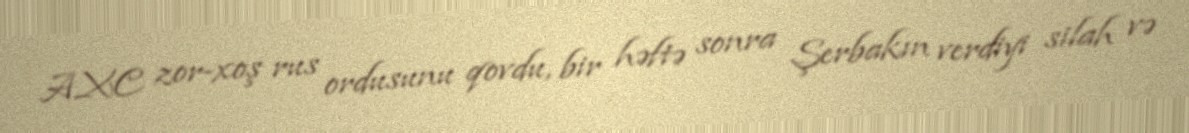
AXC zor-xoş rus ordusunu qovdu, bir həftə sonra Şerbakın verdiyi silah və